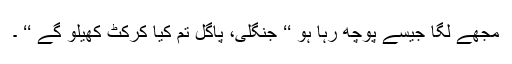
مجھے لگا جیسے پوچھ رہا ہو ‘‘ جنگلی، پاگل تم کیا کرکٹ کھیلو گے ‘‘ ۔